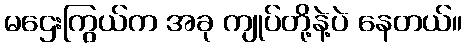
မဌေးကြွယ်က အခု ကျုပ်တို့နဲ့ပဲ နေတယ်။